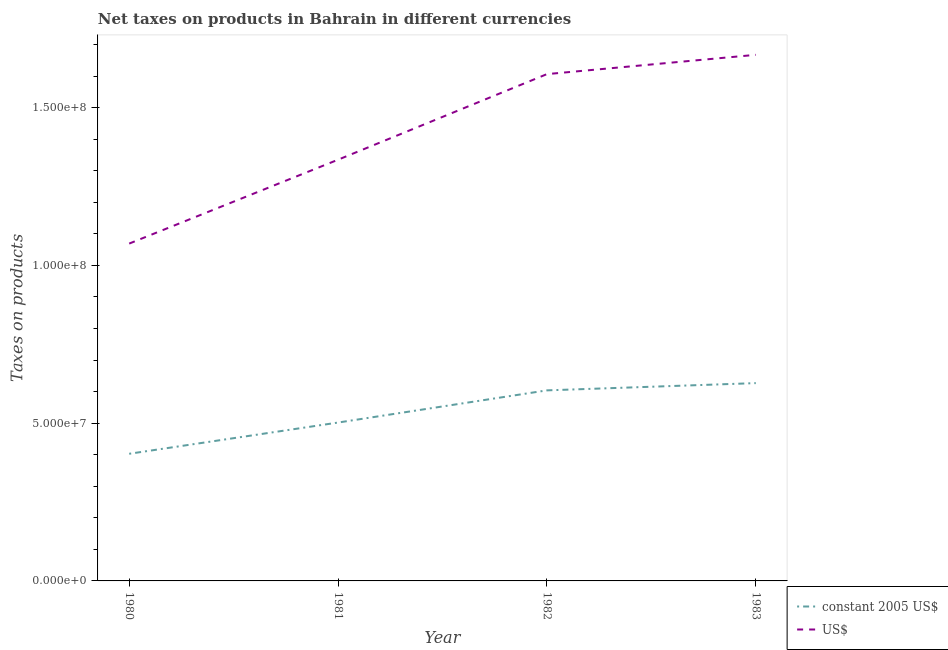
| Year | constant 2005 US$ | US$ |
 | --- | --- | --- |
 | 1980 | 4.03e+07 | 1.07e+08 |
 | 1981 | 5.02e+07 | 1.34e+08 |
 | 1982 | 6.04e+07 | 1.61e+08 |
 | 1983 | 6.27e+07 | 1.67e+08 |